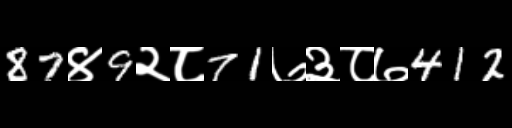
Text: 87४9२८71७३८७412